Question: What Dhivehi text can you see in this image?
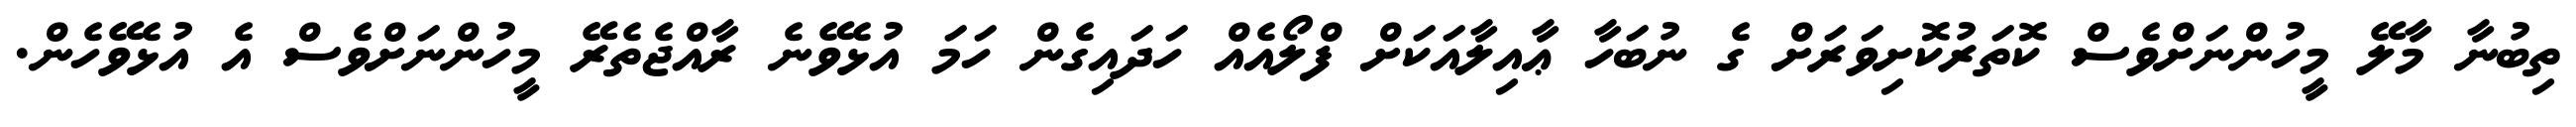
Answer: ތިބުނާ މާލޭ މީހުންނަށްވެސް ކޮތަރުކޮށިވަރަށް ގެ ނުބަހާ ޢާއިލާއަކަށް ފްލޯއެއް ހަދައިގެން ހަމަ އުޅެވޭނެ ރާއްޖެތެރޭ މީހުންނަށްވެސް އެ އުޅެވޭހެން.